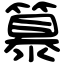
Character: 𥴠